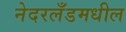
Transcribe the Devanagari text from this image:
नेदरलँडमधील